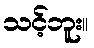
သင့်ဘူး။